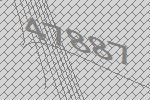
47887